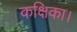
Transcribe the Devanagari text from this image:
कक्षिका।